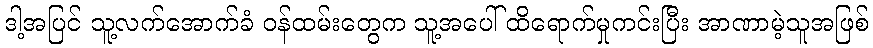
ဒါ့အပြင် သူ့လက်အောက်ခံ ဝန်ထမ်းတွေက သူ့အပေါ် ထိရောက်မှုကင်းပြီး အာဏာမဲ့သူအဖြစ်